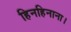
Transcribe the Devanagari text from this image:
हिनहिनाना।